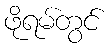
ဖိုရမ်တွင်